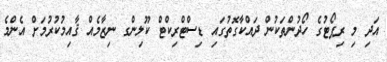
އަދި މި ރިޕޯޓުގެ ހޯދުންތަކުން ދައްކާގޮތުގައި ޑިސްޓްރިކްޓް ކޫލިންގ ނިޒާމެއް ޤާއިމުކުރުމަށް އެންމެ